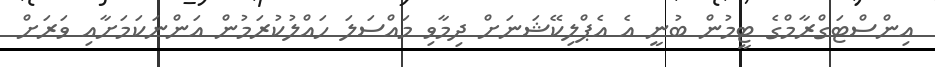
އިންސްޓަގްރާމްގެ ޓީމުން ބުނީ އެ އެޕްލިކޭޝަނަށް ދިމާވި މައްސަލަ ހައްލުކުރަމުން އަންނަކަމަށާއި ވަރަށް